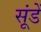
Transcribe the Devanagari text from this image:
सूंडें